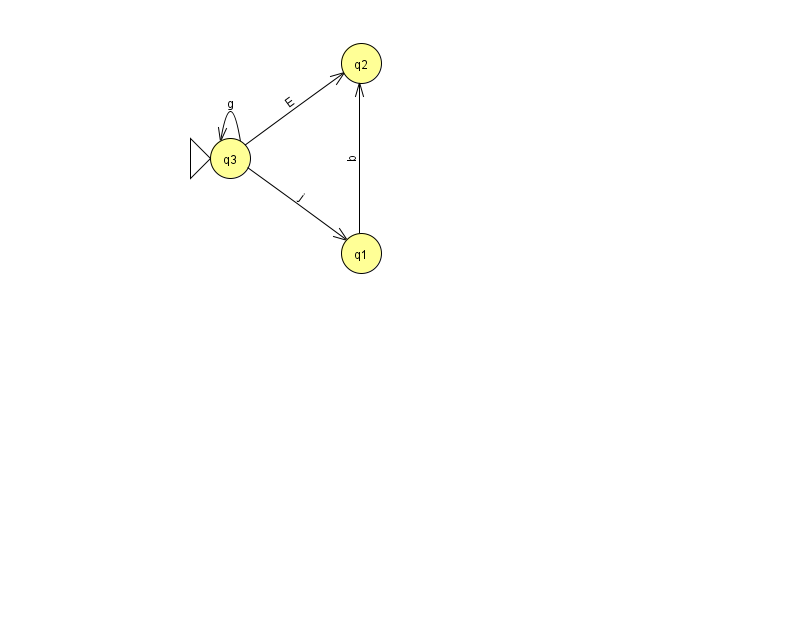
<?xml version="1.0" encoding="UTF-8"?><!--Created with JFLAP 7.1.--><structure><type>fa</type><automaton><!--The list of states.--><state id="1" name="q1"><x>361.0</x><y>240.0</y></state><state id="2" name="q2"><x>361.0</x><y>50.0</y></state><state id="3" name="q3"><x>230.0</x><y>145.0</y><initial/></state><!--The list of transitions.--><transition><from>1</from><to>2</to><read>b</read></transition><transition><from>3</from><to>1</to><read>j</read></transition><transition><from>3</from><to>3</to><read>g</read></transition><transition><from>3</from><to>2</to><read>E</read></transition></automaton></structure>